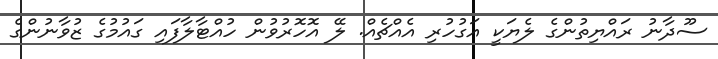
ސޫދާނު ރައްޔިތުންގެ ލެޔަކީ އަގުހުރި އެއްޗެއް. ލޭ އޮހޮރުވުން ހުއްޓާލާފައި ގައުމުގެ ޒުވާނުންގެ